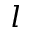
l